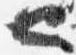
也